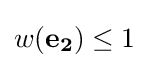
w(\mathbf {e_{2}} )\leq 1